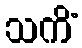
သကိံ